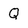
Character: Q